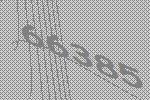
66385